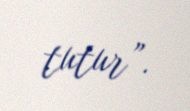
tutur”.